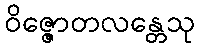
ဝိဇ္ဇောတလန္တေသု